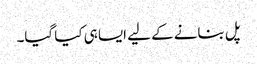
پل بنانے کے لیے ایسا ہی کیا گیا۔